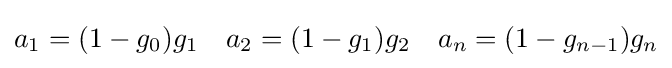
a_{1}=(1-g_{0})g_{1}\quad a_{2}=(1-g_{1})g_{2}\quad a_{n}=(1-g_{n-1})g_{n}